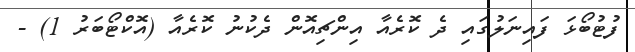
ފުޓުބޯޅަ ފައިނަލުގައި ދެ ކޮރެއާ އިންޗިއޮން ދެކުނު ކޮރެއާ (އޮކްޓޯބަރު 1) -